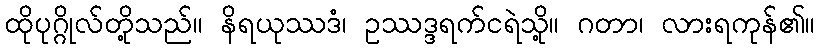
ထိုပုဂ္ဂိုလ်တို့သည်။ နိရယုဿဒံ၊ ဥဿဒ္ဒရက်ငရဲသို့။ ဂတာ၊ လားရကုန်၏။